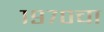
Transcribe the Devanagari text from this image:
१९७०चा